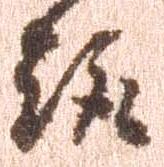
趣